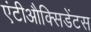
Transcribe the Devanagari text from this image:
एंटीऔक्सिडेंटस